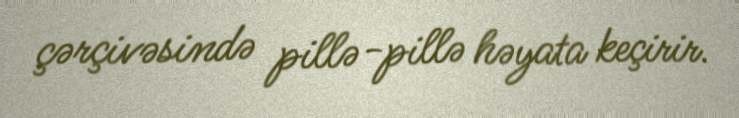
çərçivəsində pillə-pillə həyata keçirir.